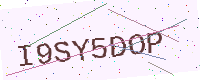
Text: I9SY5DOP